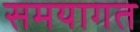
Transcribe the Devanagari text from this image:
समयागत